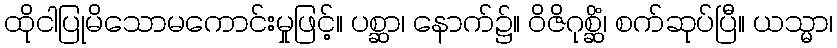
ထိုငါပြုမိသောမကောင်းမှုဖြင့်။ ပစ္ဆာ၊ နောက်၌။ ဝိဇိဂုစ္ဆိံ၊ စက်ဆုပ်ပြီ။ ယသ္မာ၊